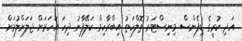
އަދި ކުރީގެ ޑިފެންސް މިނިސްޓަރު ތޮލްހަތު އިބްރާހިމް ކަލޭފާނު ދިހަ އަހަރަށް ޖަލަށްލުމަށް